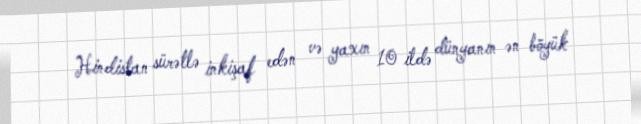
Hindistan sürətlə inkişaf edən və yaxın 10 ildə dünyanın ən böyük